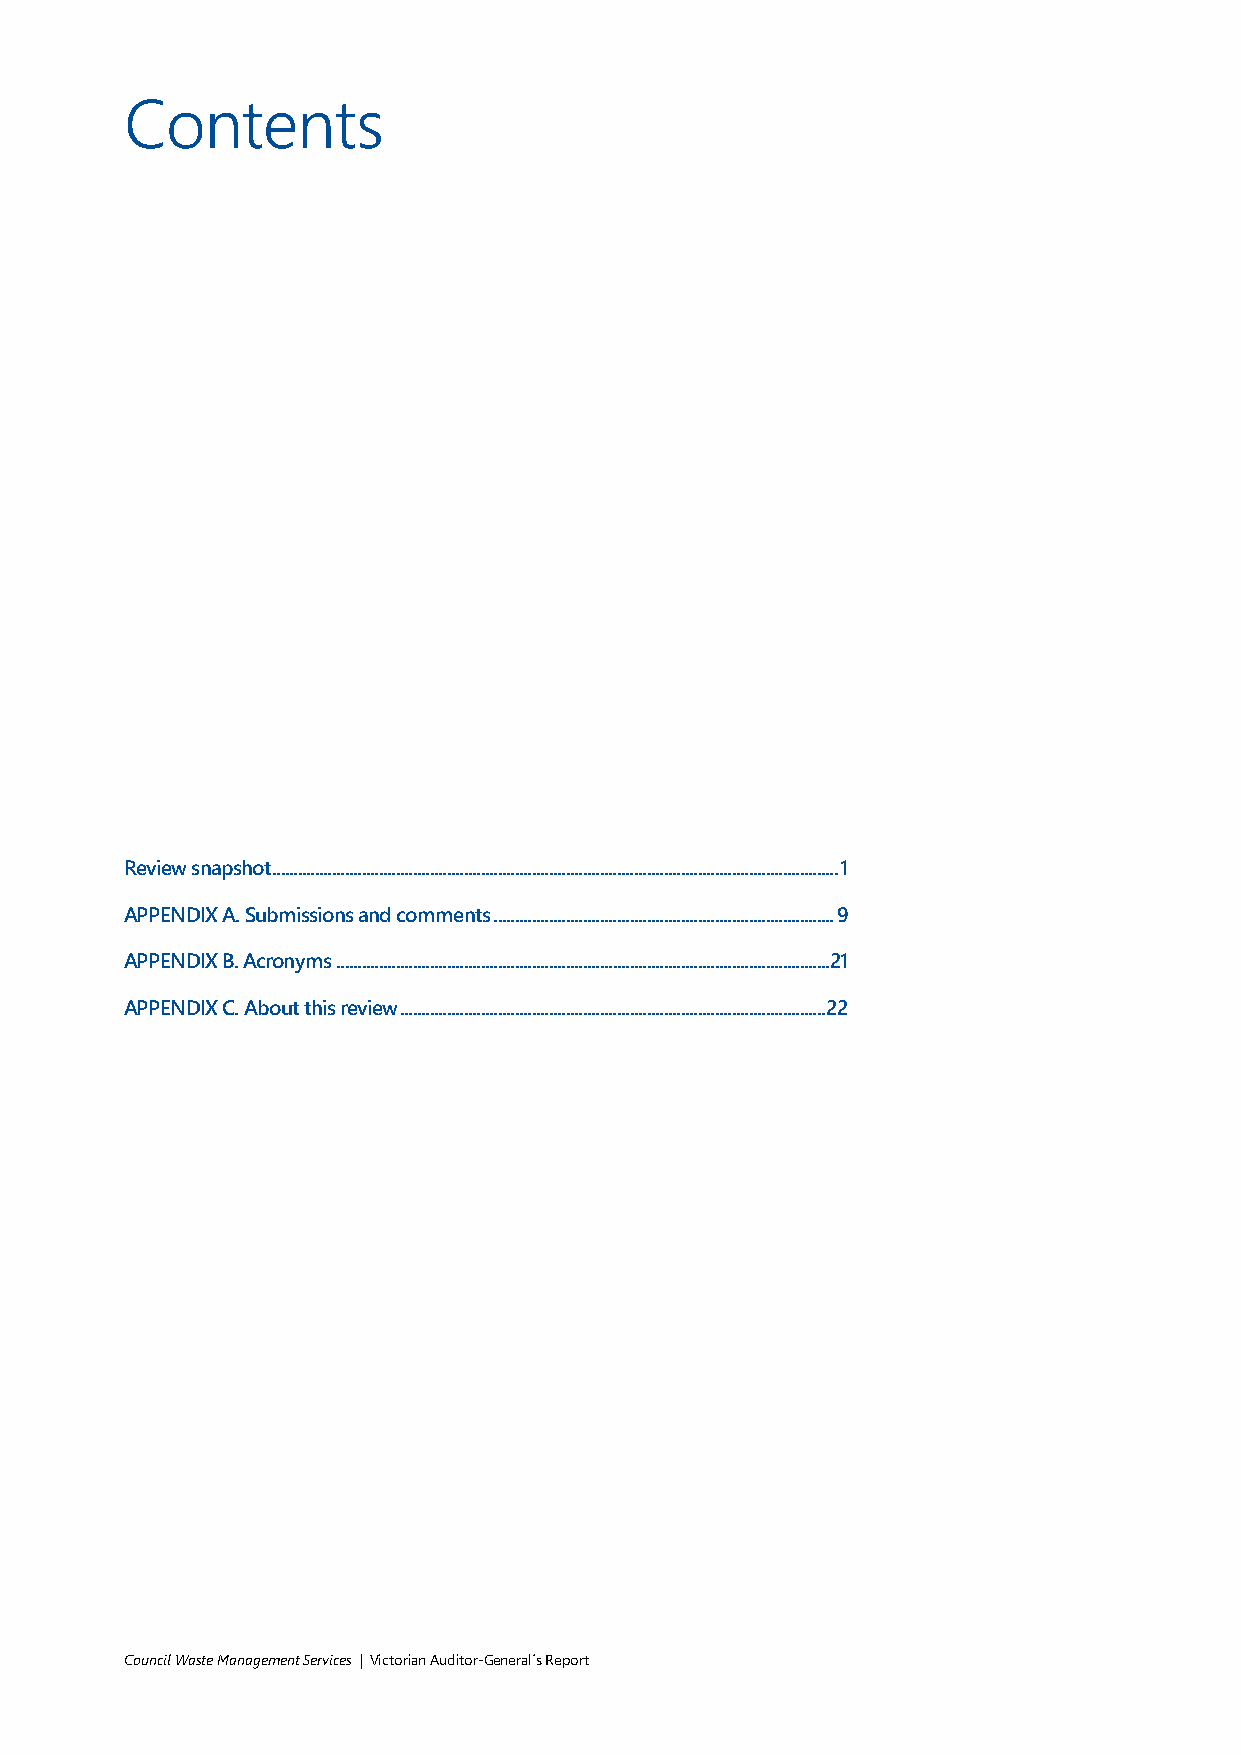
Contents
 Review snapshot ..................................................................................................................................... 1
 APPENDIX A. Submissions and comments ................................................................................ 9
 APPENDIX B. Acronyms .................................................................................................................... 21
 APPENDIX C. About this review .................................................................................................... 22
 Council Waste Management Services | Victorian Auditor-General´s Report